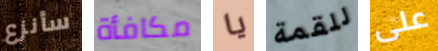
سأنزع مكافأة يا للقمة على